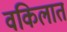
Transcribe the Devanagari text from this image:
वकिलात